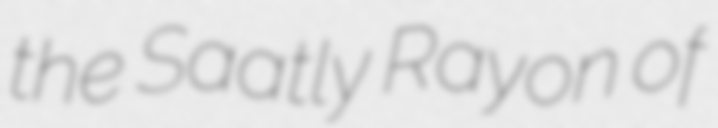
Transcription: the Saatly Rayon of